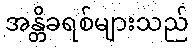
အန္တိခရစ်များသည်